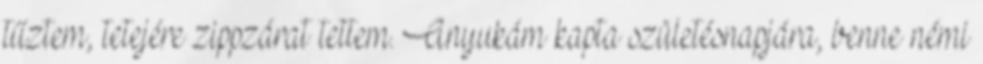
tűztem, tetejére zippzárat tettem. Anyukám kapta születésnapjára, benne némi